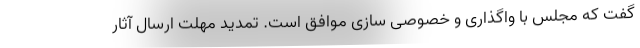
گفت که مجلس با واگذاری و خصوصی سازی موافق است. تمدید مهلت ارسال آثار